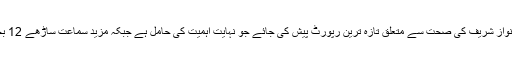
جس پر عدالت نے کہا کہ نواز شریف کی صحت سے متعلق تازہ ترین رپورٹ پیش کی جائے جو نہایت اہمیت کی حامل ہے جبکہ مزید سماعت ساڑھے 12 بجے تک ملتوی کردی تھی۔